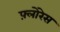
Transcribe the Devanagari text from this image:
फ़्लोरेस